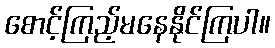
စောင့်ကြည့်မနေနိုင်ကြပါ။